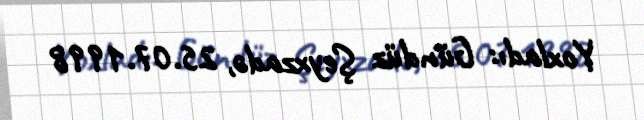
Yoxladı: Gündüz Şeyxzadə, 25.07.1998